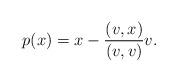
LaTeX: \begin{align*}p(x)= x-\frac{(v,x)}{(v,v)}v.\end{align*}